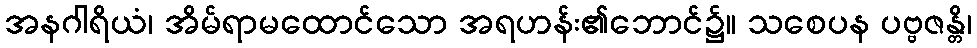
အနဂါရိယံ၊ အိမ်ရာမထောင်သော အရဟန်း၏ဘောင်၌။ သစေပန ပဗ္ဗဇန္တိ၊